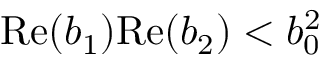
\mathrm { R e } ( b _ { 1 } ) \mathrm { R e } ( b _ { 2 } ) < b _ { 0 } ^ { 2 }